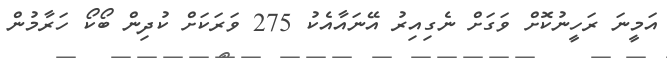
އަމީނަ ރަހީނުކޮށް ވަގަށް ނެގިއިރު އޭނައާއެކު 275 ވަރަކަށް ކުދިން ބޯކޯ ހަރާމުން